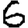
Digit: 6